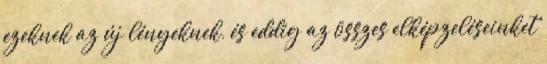
ezeknek az új lényeknek, és eddig az összes elképzeléseinket